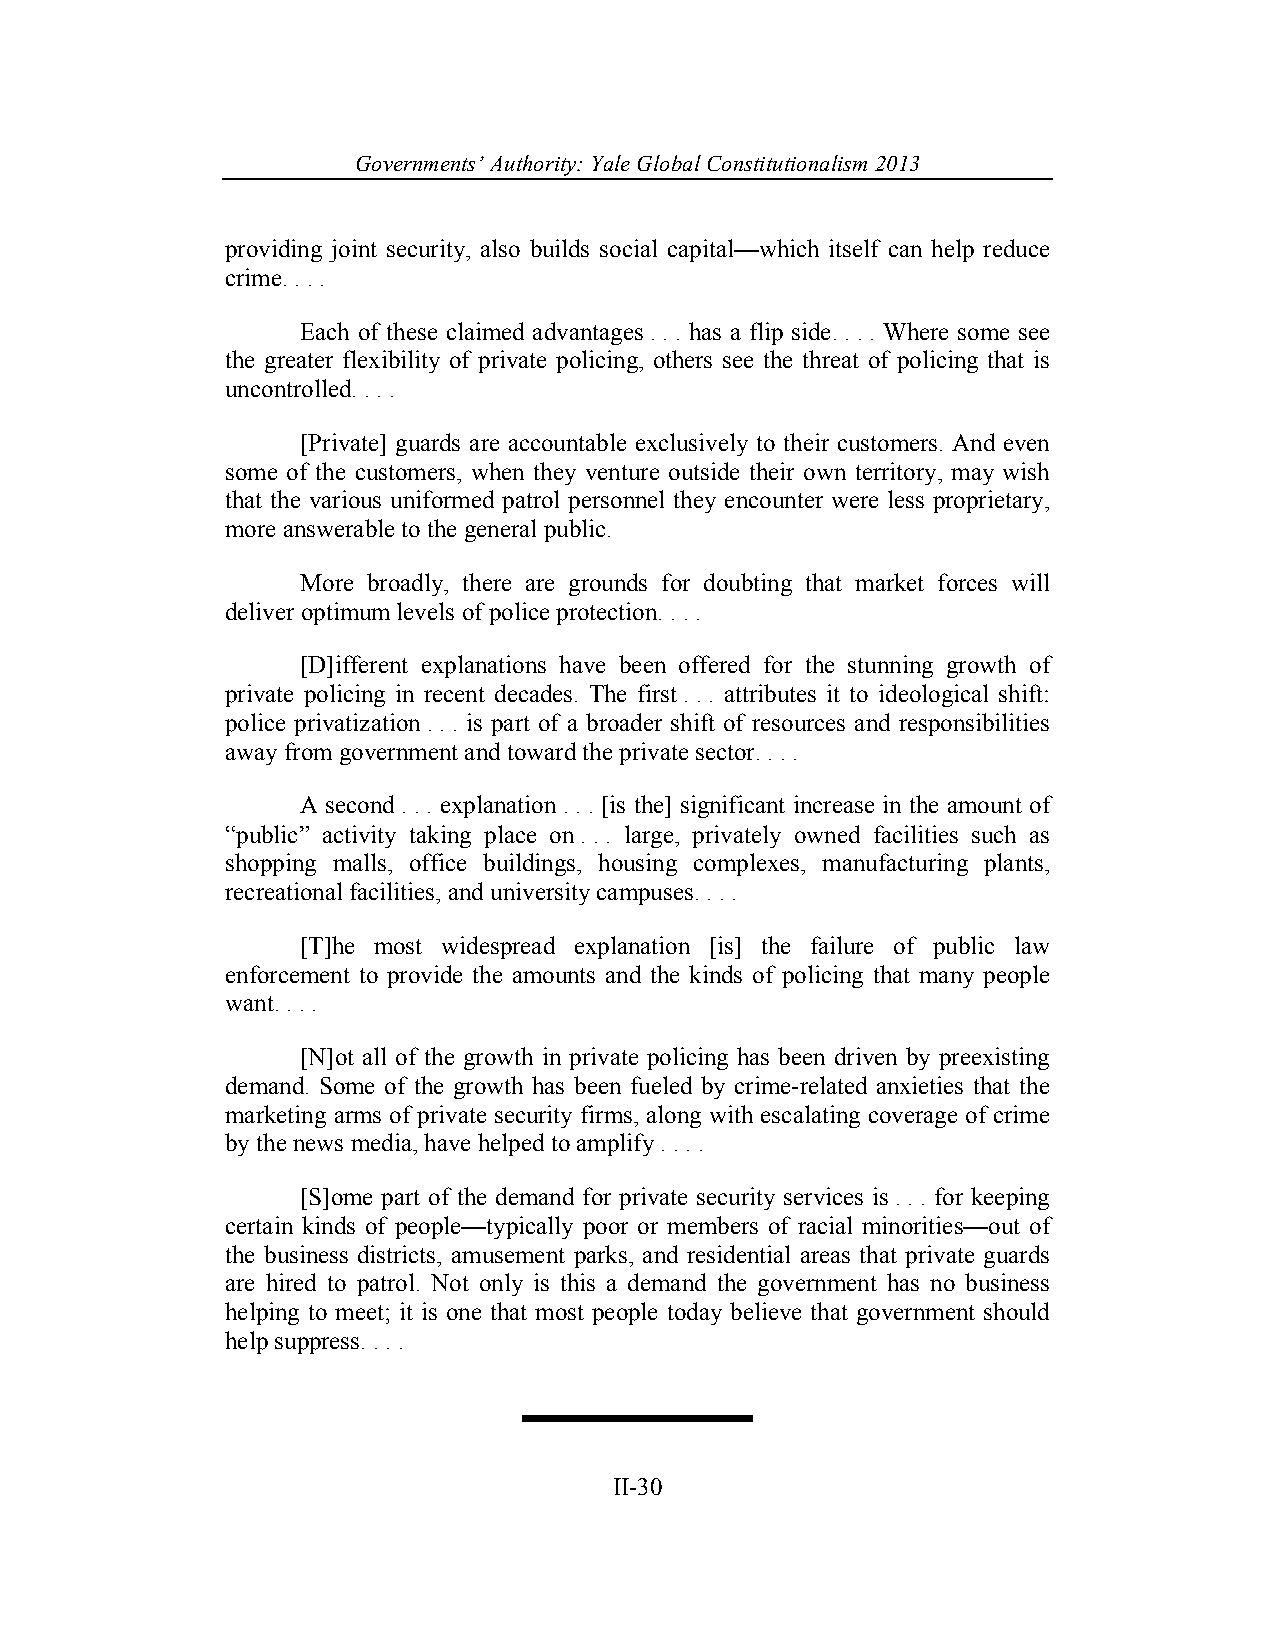
Governments’ Authority: Yale Global Constitutionalism 2013
 providing joint security, also builds social capital—which itself can help reduce
 crime. . . .
 Each of these claimed advantages . . . has a flip side. . . . Where some see
 the greater flexibility of private policing, others see the threat of policing that is
 uncontrolled. . . .
 [Private] guards are accountable exclusively to their customers. And even
 some of the customers, when they venture outside their own territory, may wish
 that the various uniformed patrol personnel they encounter were less proprietary,
 more answerable to the general public.
 More broadly, there are grounds for doubting that market forces will
 deliver optimum levels of police protection. . . .
 [D]ifferent explanations have been offered for the stunning growth of
 private policing in recent decades. The first . . . attributes it to ideological shift:
 police privatization . . . is part of a broader shift of resources and responsibilities
 away from government and toward the private sector. . . .
 A second . . . explanation . . . [is the] significant increase in the amount of
 “public” activity taking place on . . . large, privately owned facilities such as
 shopping malls, office buildings, housing complexes, manufacturing plants,
 recreational facilities, and university campuses. . . .
 [T]he most widespread explanation [is] the failure of public law
 enforcement to provide the amounts and the kinds of policing that many people
 want. . . .
 [N]ot all of the growth in private policing has been driven by preexisting
 demand. Some of the growth has been fueled by crime-related anxieties that the
 marketing arms of private security firms, along with escalating coverage of crime
 by the news media, have helped to amplify . . . .
 [S]ome part of the demand for private security services is . . . for keeping
 certain kinds of people—typically poor or members of racial minorities—out of
 the business districts, amusement parks, and residential areas that private guards
 are hired to patrol. Not only is this a demand the government has no business
 helping to meet; it is one that most people today believe that government should
 help suppress. . . .
 II-30